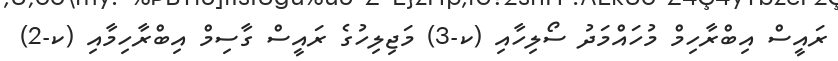
ރައީސް އިބްރާހިމް މުހައްމަދު ސޯލިހާއި (ކ-3) މަޖިލިހުގެ ރައީސް ގާސިމް އިބްރާހިމާއި (ކ-2)